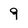
Character: 9